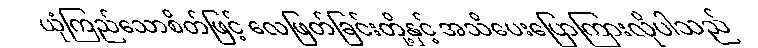
ယုံကြည်သောစိတ်ဖြင့် လေဖြတ်ခြင်းတို့နှင့် အသိပေးပြောကြားလိုပါသည်